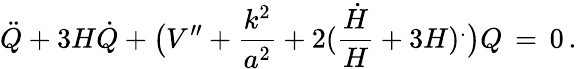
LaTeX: {\ddot{Q}}+3H{\dot{Q}}+\bigl(V^{\prime\prime}+{\frac{k^{2}}{a^{2}}}+2({\frac{\dot{H}}{H}}+3H)^{.}\bigr)Q\, =\, 0\, .